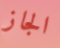
الجاز